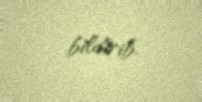
bildirib.